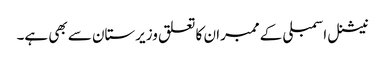
نیشنل اسمبلی کے ممبران کا تعلق وزیرستان سے بھی ہے۔